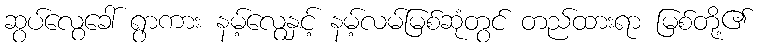
ဆွပ်လွေခေါ် ရွာကား နမ့်လွေနှင့် နမ့်လမ်မြစ်ဆုံတွင် တည်ထားရာ မြစ်တို့၏